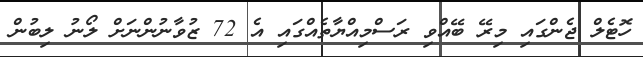
ހޮޓެލް ޖެންގައި މިރޭ ބޭއްވި ރަސްމިއްޔާތެއްގައި އެ 72 ޒުވާނުންނަށް ލޯނު ލިބުން